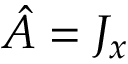
{ \hat { A } } = J _ { x }